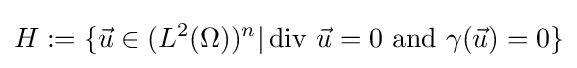
H:=\{{\vec {u}}\in (L^{2}(\Omega ))^{n}|\operatorname {div} \,{\vec {u}}=0{\text{ and }}\gamma ({\vec {u}})=0\}